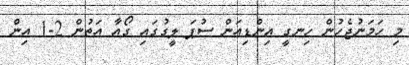
މި ހަމަނުޖެހުން ހިނގީ އިންޑިއަން ސުޕަ ލީގުގައި ގޯއާ އަތުން 2-1 އިން